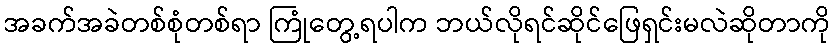
အခက်အခဲတစ်စုံတစ်ရာ ကြုံတွေ့ရပါက ဘယ်လိုရင်ဆိုင်ဖြေရှင်းမလဲဆိုတာကို